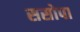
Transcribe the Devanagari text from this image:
ससोपा